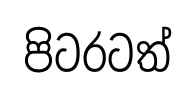
පිටරටත්